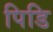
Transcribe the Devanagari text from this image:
पिडि